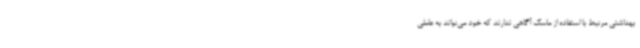
بهداشتی مرتبط با استفاده از ماسک آگاهی ندارند که خود می‌تواند به عاملی